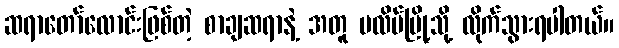
ဆရာတော်လောင်းဖြစ်တဲ့ စာချဆရာနဲ့ အတူ ပလိပ်မြို့သို့ လိုက်သွားရပါတယ်။